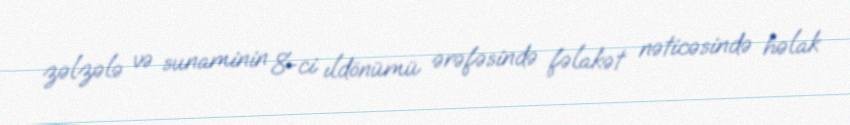
zəlzələ və sunaminin 8-ci ıldönümü ərəfəsində fəlakət nəticəsində həlak